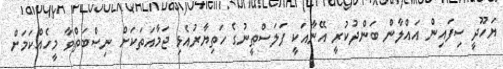
ޔަހޫދީ ސިފައިން އައްލާން ބަންދުކުރީ އޭނާއަކީ ފަލަސްޠީނުގެ ހަތިޔާރުއެޅި ޖަމާއަތަކަށް ނިޞްބަތްވާ މީހެއްކަމަށް